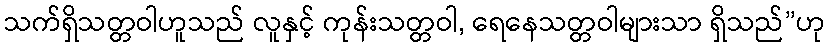
သက်ရှိသတ္တဝါဟူသည် လူနှင့် ကုန်းသတ္တဝါ, ရေနေသတ္တဝါများသာ ရှိသည်”ဟု